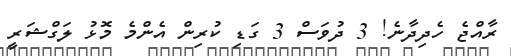
ރާއްޖެ ހެދިދާނެ! 3 ދުވަސް 3 ގަޑި ކުރިން އެންމެ މޮޅު ލަގްޝަރީ